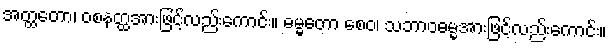
အတ္ထတော၊ ဝစနတ္ထအားဖြင့်လည်းကောင်း။ ဓမ္မတော စေဝ၊ သဘာဝဓမ္မအားဖြင့်လည်းကောင်း။